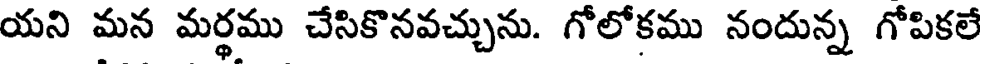
యని మన మర్థము చేసికొనవచ్చును. గోలోకము నందున్న గోపికలే